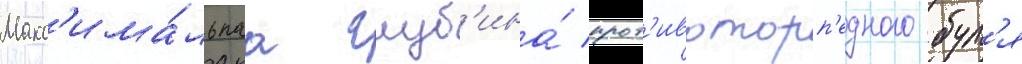
Макс'има́льнаа глуб'ина́ прот'ивоторп'едного бул'я